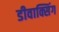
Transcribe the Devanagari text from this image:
डीवाक्सिंग